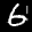
Label: 6